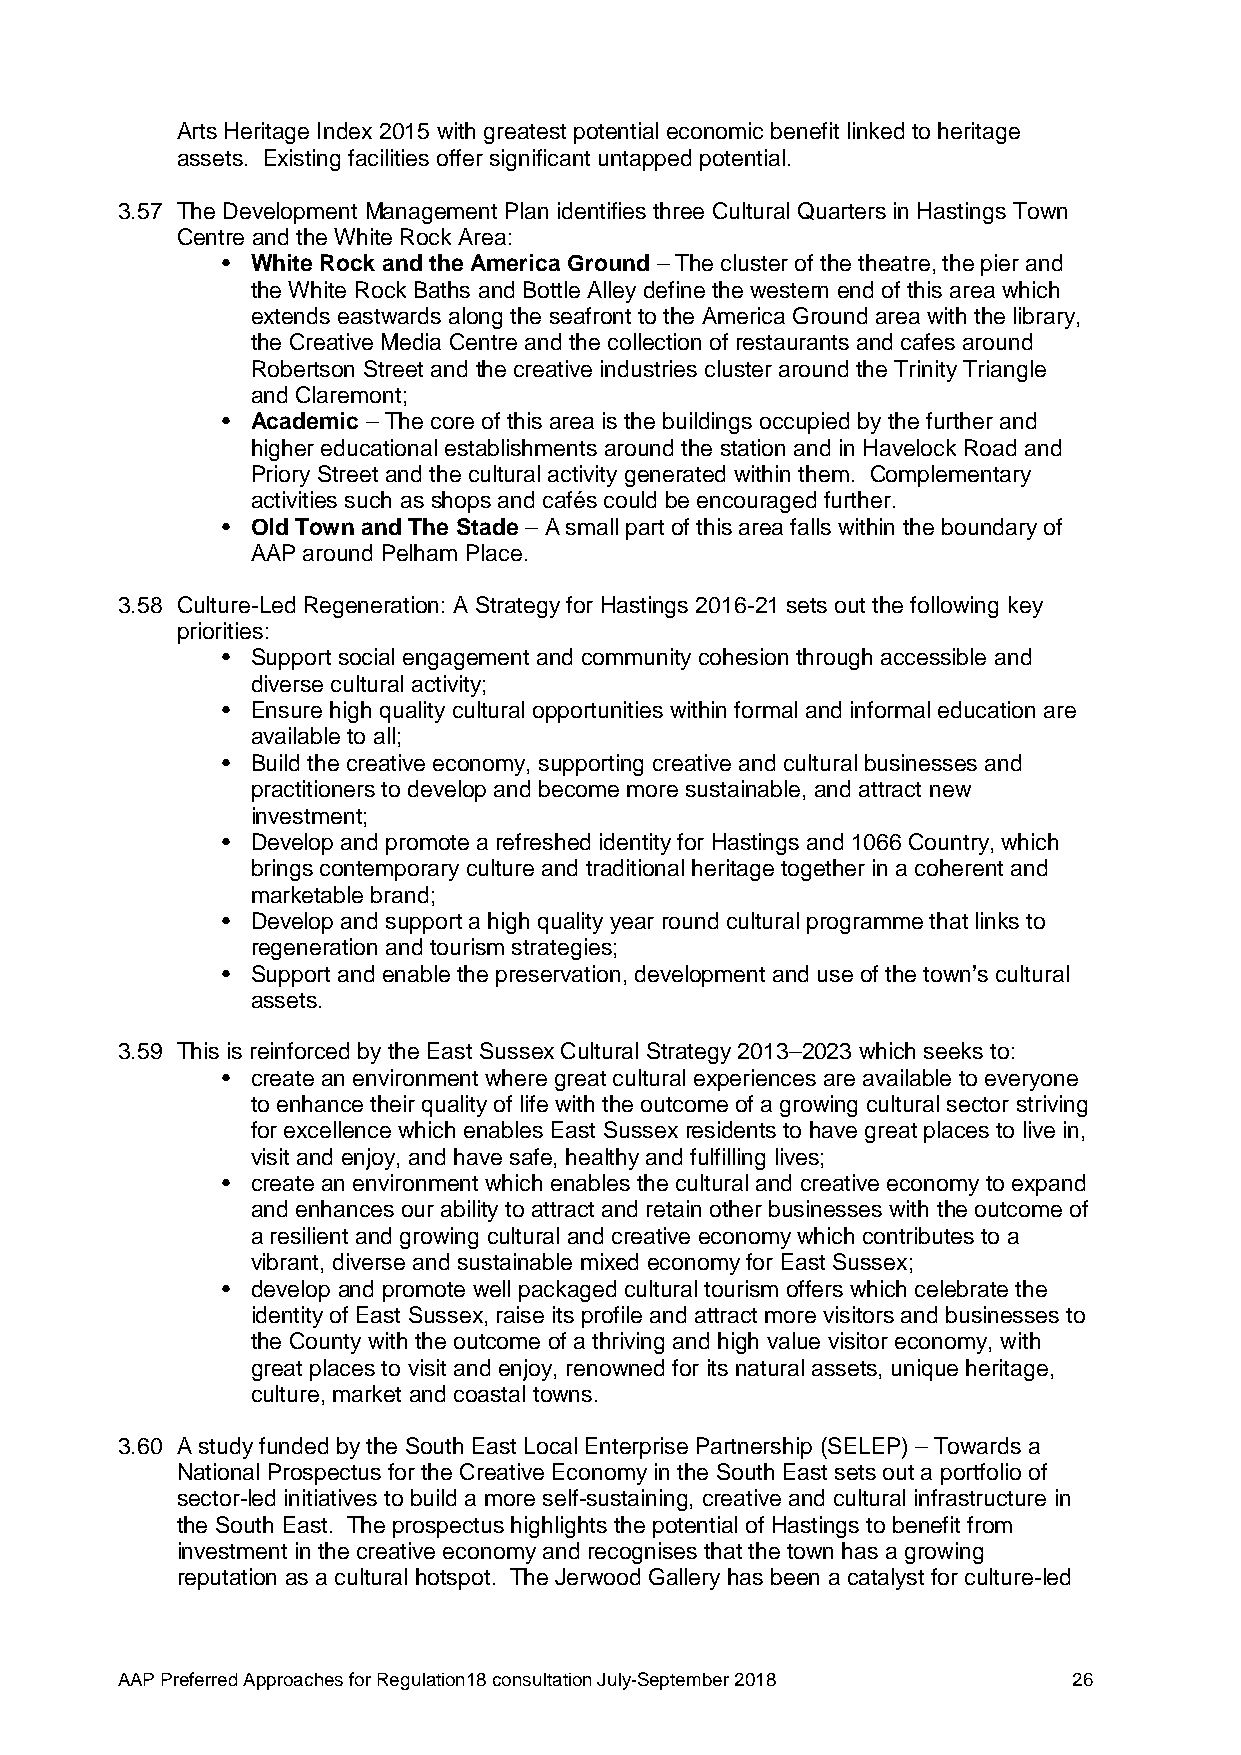
Arts Heritage Index 2015 with greatest potential economic benefit linked to heritage
 assets. Existing facilities offer significant untapped potential.
 3.57 The Development Management Plan identifies three Cultural Quarters in Hastings Town
 Centre and the White Rock Area:
 • White Rock and the America Ground – The cluster of the theatre, the pier and
 the White Rock Baths and Bottle Alley define the western end of this area which
 extends eastwards along the seafront to the America Ground area with the library,
 the Creative Media Centre and the collection of restaurants and cafes around
 Robertson Street and the creative industries cluster around the Trinity Triangle
 and Claremont;
 • Academic – The core of this area is the buildings occupied by the further and
 higher educational establishments around the station and in Havelock Road and
 Priory Street and the cultural activity generated within them. Complementary
 activities such as shops and cafés could be encouraged further.
 • Old Town and The Stade – A small part of this area falls within the boundary of
 AAP around Pelham Place.
 3.58 Culture-Led Regeneration: A Strategy for Hastings 2016-21 sets out the following key
 priorities:
 • Support social engagement and community cohesion through accessible and
 diverse cultural activity;
 • Ensure high quality cultural opportunities within formal and informal education are
 available to all;
 • Build the creative economy, supporting creative and cultural businesses and
 practitioners to develop and become more sustainable, and attract new
 investment;
 • Develop and promote a refreshed identity for Hastings and 1066 Country, which
 brings contemporary culture and traditional heritage together in a coherent and
 marketable brand;
 • Develop and support a high quality year round cultural programme that links to
 regeneration and tourism strategies;
 • Support and enable the preservation, development and use of the town’s cultural
 assets.
 3.59 This is reinforced by the East Sussex Cultural Strategy 2013–2023 which seeks to:
 • create an environment where great cultural experiences are available to everyone
 to enhance their quality of life with the outcome of a growing cultural sector striving
 for excellence which enables East Sussex residents to have great places to live in,
 visit and enjoy, and have safe, healthy and fulfilling lives;
 • create an environment which enables the cultural and creative economy to expand
 and enhances our ability to attract and retain other businesses with the outcome of
 a resilient and growing cultural and creative economy which contributes to a
 vibrant, diverse and sustainable mixed economy for East Sussex;
 • develop and promote well packaged cultural tourism offers which celebrate the
 identity of East Sussex, raise its profile and attract more visitors and businesses to
 the County with the outcome of a thriving and high value visitor economy, with
 great places to visit and enjoy, renowned for its natural assets, unique heritage,
 culture, market and coastal towns.
 3.60 A study funded by the South East Local Enterprise Partnership (SELEP) – Towards a
 National Prospectus for the Creative Economy in the South East sets out a portfolio of
 sector-led initiatives to build a more self-sustaining, creative and cultural infrastructure in
 the South East. The prospectus highlights the potential of Hastings to benefit from
 investment in the creative economy and recognises that the town has a growing
 reputation as a cultural hotspot. The Jerwood Gallery has been a catalyst for culture-led
 AAP Preferred Approaches for Regulation18 consultation July-September 2018 26